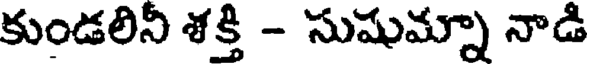
కుండలిని శక్తి - సుషుమ్నా నాడి